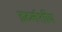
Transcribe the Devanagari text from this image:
इटर्नशीप